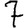
Digit: 7